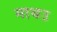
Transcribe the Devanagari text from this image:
माथउ